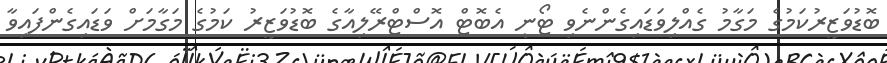
ބޮޑުވަޒީރުކަމުގެ މަގާމު ގެއްލިވަޑައިގެންނެވި ޓޯނީ އެބޮޓް އޮސްޓްރޭލިއާގެ ބޮޑުވަޒީރު ކަމުގެ މަގާމަށް ވަޑައިގެންފައިވާ